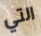
التي